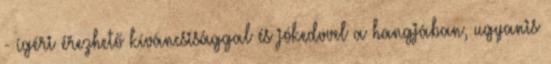
- ígéri érezhető kíváncsisággal és jókedvvel a hangjában, ugyanis